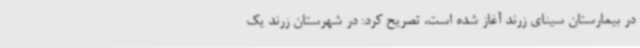
در بیمارستان سینای زرند آغاز شده است، تصریح کرد: در شهرستان زرند یک